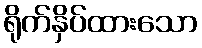
ရိုက်နှိပ်ထားသော